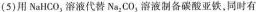
(5)用NaHCO_{3}溶液代替Na_{2}CO_{3}溶液制备碳酸亚铁，同时有